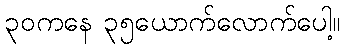
၃၀ကနေ ၃၅ယောက်လောက်ပေါ့။